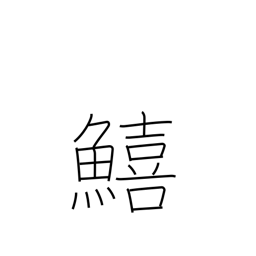
Meaning: sillaginoid